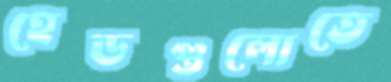
হেডগুলোতে